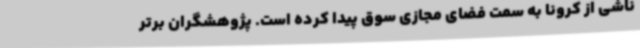
ناشی از کرونا به سمت فضای مجازی سوق پیدا کرده است. پژوهشگران برتر